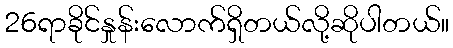
26ရာခိုင်နှုန်းလောက်ရှိတယ်လို့ဆိုပါတယ်။